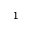
^ 1